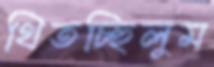
থিতচ্ছিলুম